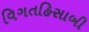
વિગતહિસાબી